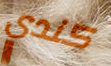
كندي